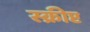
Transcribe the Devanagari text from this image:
स्क्रीप्ट